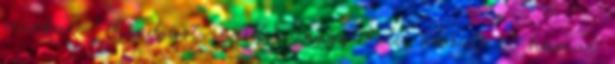
zenekar. Mindjárt indul a nagy buli, készülj el hamar